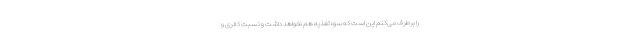
را برطرف می‌کنم این است که سوءتغذیه هم نخواهد داشت و نسبت کالری و